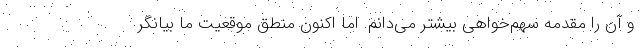
و آن را مقدمه سهم‌خواهی بیشتر می‌دانم. اما اکنون منطق موقعیت ما بیانگر